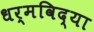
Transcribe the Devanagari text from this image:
धर्मविद्या